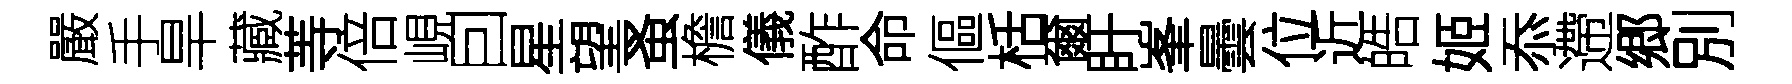
嚴手旱藏䓁倍峴囙星望蚤檐儀酢命傴栝爾盱峯曇位近皓姬忝遰郷別